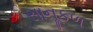
સાનૂકળ